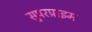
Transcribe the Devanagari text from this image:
सुपरप्राइम